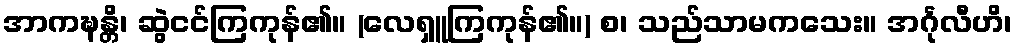
အာကဍ္ဎန္တိ၊ ဆွဲငင်ကြကုန်၏။ (လေရှူကြကုန်၏။) စ၊ သည်သာမကသေး။ အင်္ဂုလီဟိ၊